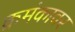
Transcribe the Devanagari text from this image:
क्रमंकावर